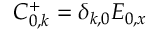
C _ { 0 , k } ^ { + } = \delta _ { k , 0 } E _ { 0 , x }